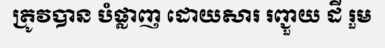
ត្រូវបាន បំផ្លាញ ដោយសារ រញ្ជួយ ដី រួម